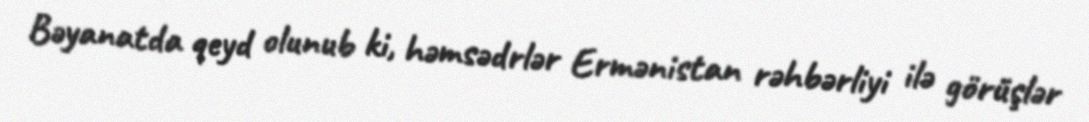
Bəyanatda qeyd olunub ki, həmsədrlər Ermənistan rəhbərliyi ilə görüşlər